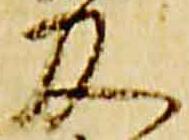
及